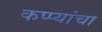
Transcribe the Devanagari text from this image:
कप्प्यांचा